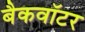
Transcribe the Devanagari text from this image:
बैकवॉटर